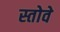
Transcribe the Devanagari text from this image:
स्तोवे